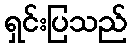
ရှင်းပြသည်